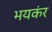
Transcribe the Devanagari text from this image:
भयकंर